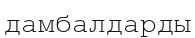
дамбалдарды